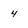
Character: 4